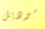
موديل